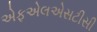
એફએલએસટીસી